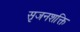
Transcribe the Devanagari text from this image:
सृजनशक्ति